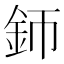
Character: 𨥚